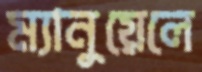
ম্যানুয়েলে